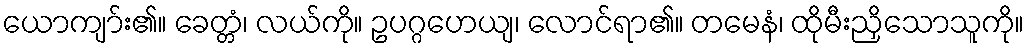
ယောကျာ်း၏။ ခေတ္တံ၊ လယ်ကို။ ဥပဂ္ဂဟေယျ၊ လောင်ရာ၏။ တမေနံ၊ ထိုမီးညှိသောသူကို။